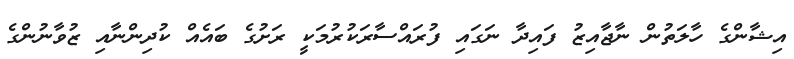
އިޝާންގެ ހާލަތުން ނާޖާއިޒު ފައިދާ ނަގައި ފުރައްސާރަކުރުމަކީ ރަށުގެ ބައެއް ކުދިންނާއި ޒުވާނުންގެ